Source: Handwritten
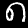
Digit: ၈ (8)